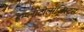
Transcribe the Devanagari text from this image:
इम्प्लांटोलॉजिस्ट्स